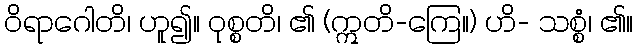
ဝိရာဂေါတိ၊ ဟူ၍။ ဝုစ္စတိ၊ ၏ (ဣတိ-ကြေ။) ဟိ- သစ္စံ၊ ၏။